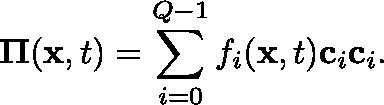
\mathbf { \Pi } ( \mathbf { x } , t ) = \sum _ { i = 0 } ^ { Q - 1 } f _ { i } ( \mathbf { x } , t ) \mathbf { c } _ { i } \mathbf { c } _ { i } .